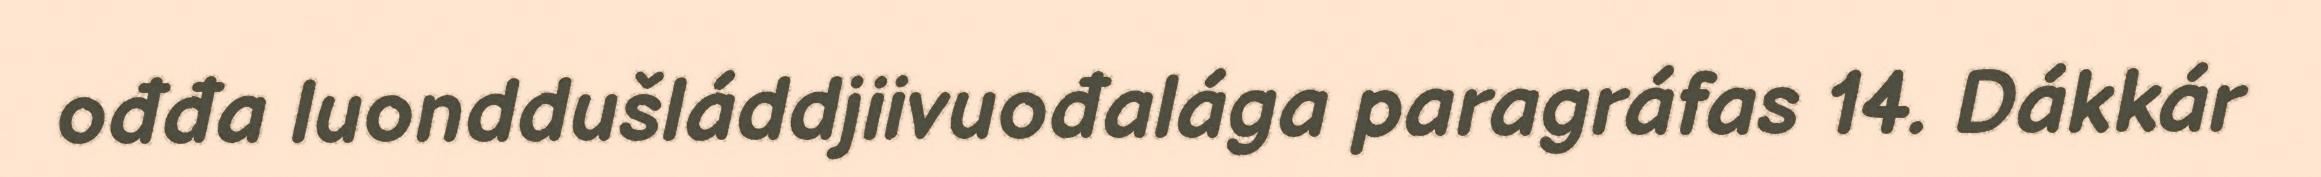
ođđa luonddušláddjiivuođalága paragráfas 14. Dákkár